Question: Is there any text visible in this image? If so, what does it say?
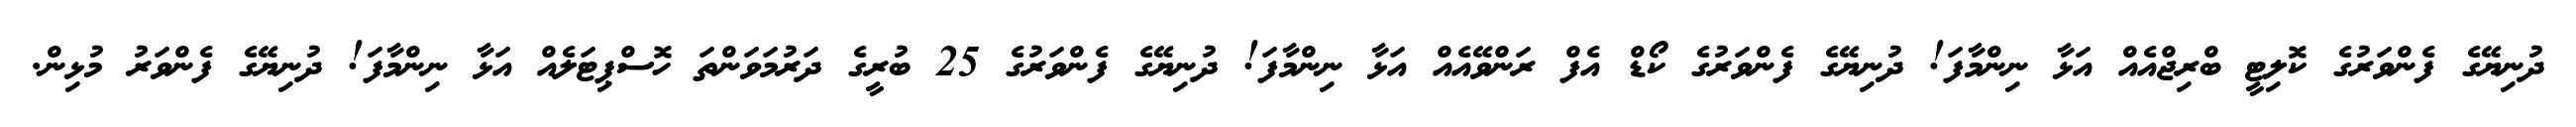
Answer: ދުނިޔޭގެ ފެންވަރުގެ ކޮލިޓީ ބްރިޖްއެއް އަޅާ ނިންމާފަ! ދުނިޔޭގެ ފެންވަރުގެ ކޯޑް އެފް ރަންވޭއެއް އަޅާ ނިންމާފަ! ދުނިޔޭގެ ފެންވަރުގެ 25 ބުރީގެ ދަރުމަވަންތަ ހޮސްޕިޓަލެއް އަޅާ ނިންމާފަ! ދުނިޔޭގެ ފެންވަރު މުޅިން.